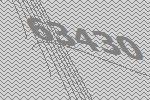
63430